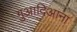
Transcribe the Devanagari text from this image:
गुआदिआना